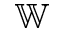
\mathbb { W }